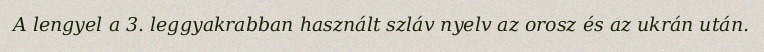
A lengyel a 3. leggyakrabban használt szláv nyelv az orosz és az ukrán után.